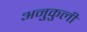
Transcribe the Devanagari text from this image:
अनुकुली